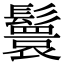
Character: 鬟